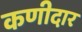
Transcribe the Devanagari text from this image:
कणीदार